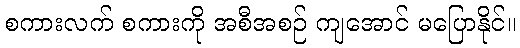
စကားလက် စကားကို အစီအစဉ် ကျအောင် မပြောနိုင်။